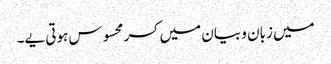
میں زبان و بیان میں کسر محسوس ہوتی یے۔